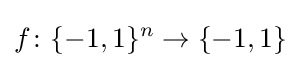
f\colon \{-1,1\}^{n}\to \{-1,1\}